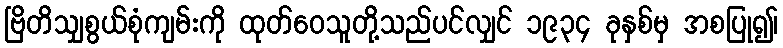
ဗြိတိသျှစွယ်စုံကျမ်းကို ထုတ်ဝေသူတို့သည်ပင်လျှင် ၁၉၃၄ ခုနှစ်မှ အစပြု၍၊